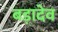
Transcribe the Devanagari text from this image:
बड़ादेव